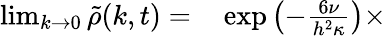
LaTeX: \begin{array}{rl}{\operatorname*{lim}_{k\to 0}\tilde{\rho}(k,t)=}&{{}\exp\left(-\frac{6\nu}{h^{2}\kappa}\right)\times}\end{array}